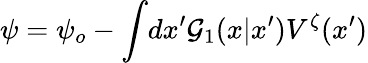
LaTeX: \psi=\psi_{o}-\int\! dx^{\prime}{\cal G}_{1}(x|x^{\prime})V^{\zeta}(x^{\prime})